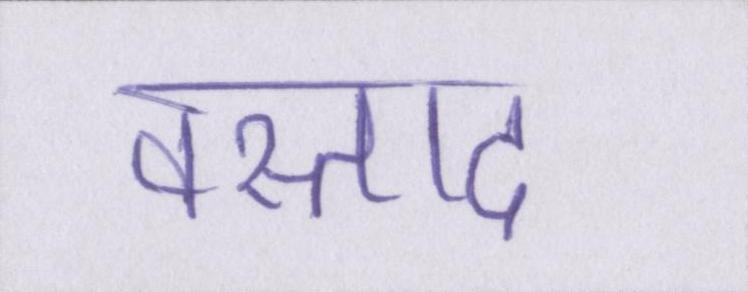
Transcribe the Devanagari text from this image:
वस्ताद